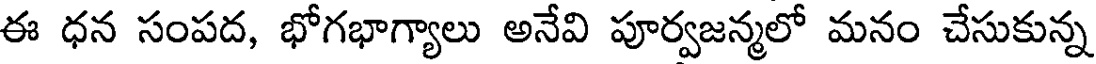
ఈ ధన సంపద, భోగభాగ్యాలు అనేవి పూర్వజన్మలో మనం చేసుకున్న